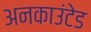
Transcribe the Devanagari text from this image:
अनकाउंटेड